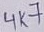
Text: 4µ7